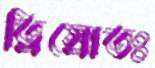
ত্রিস্রোতঃ